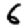
Digit: 6